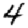
Digit: 4